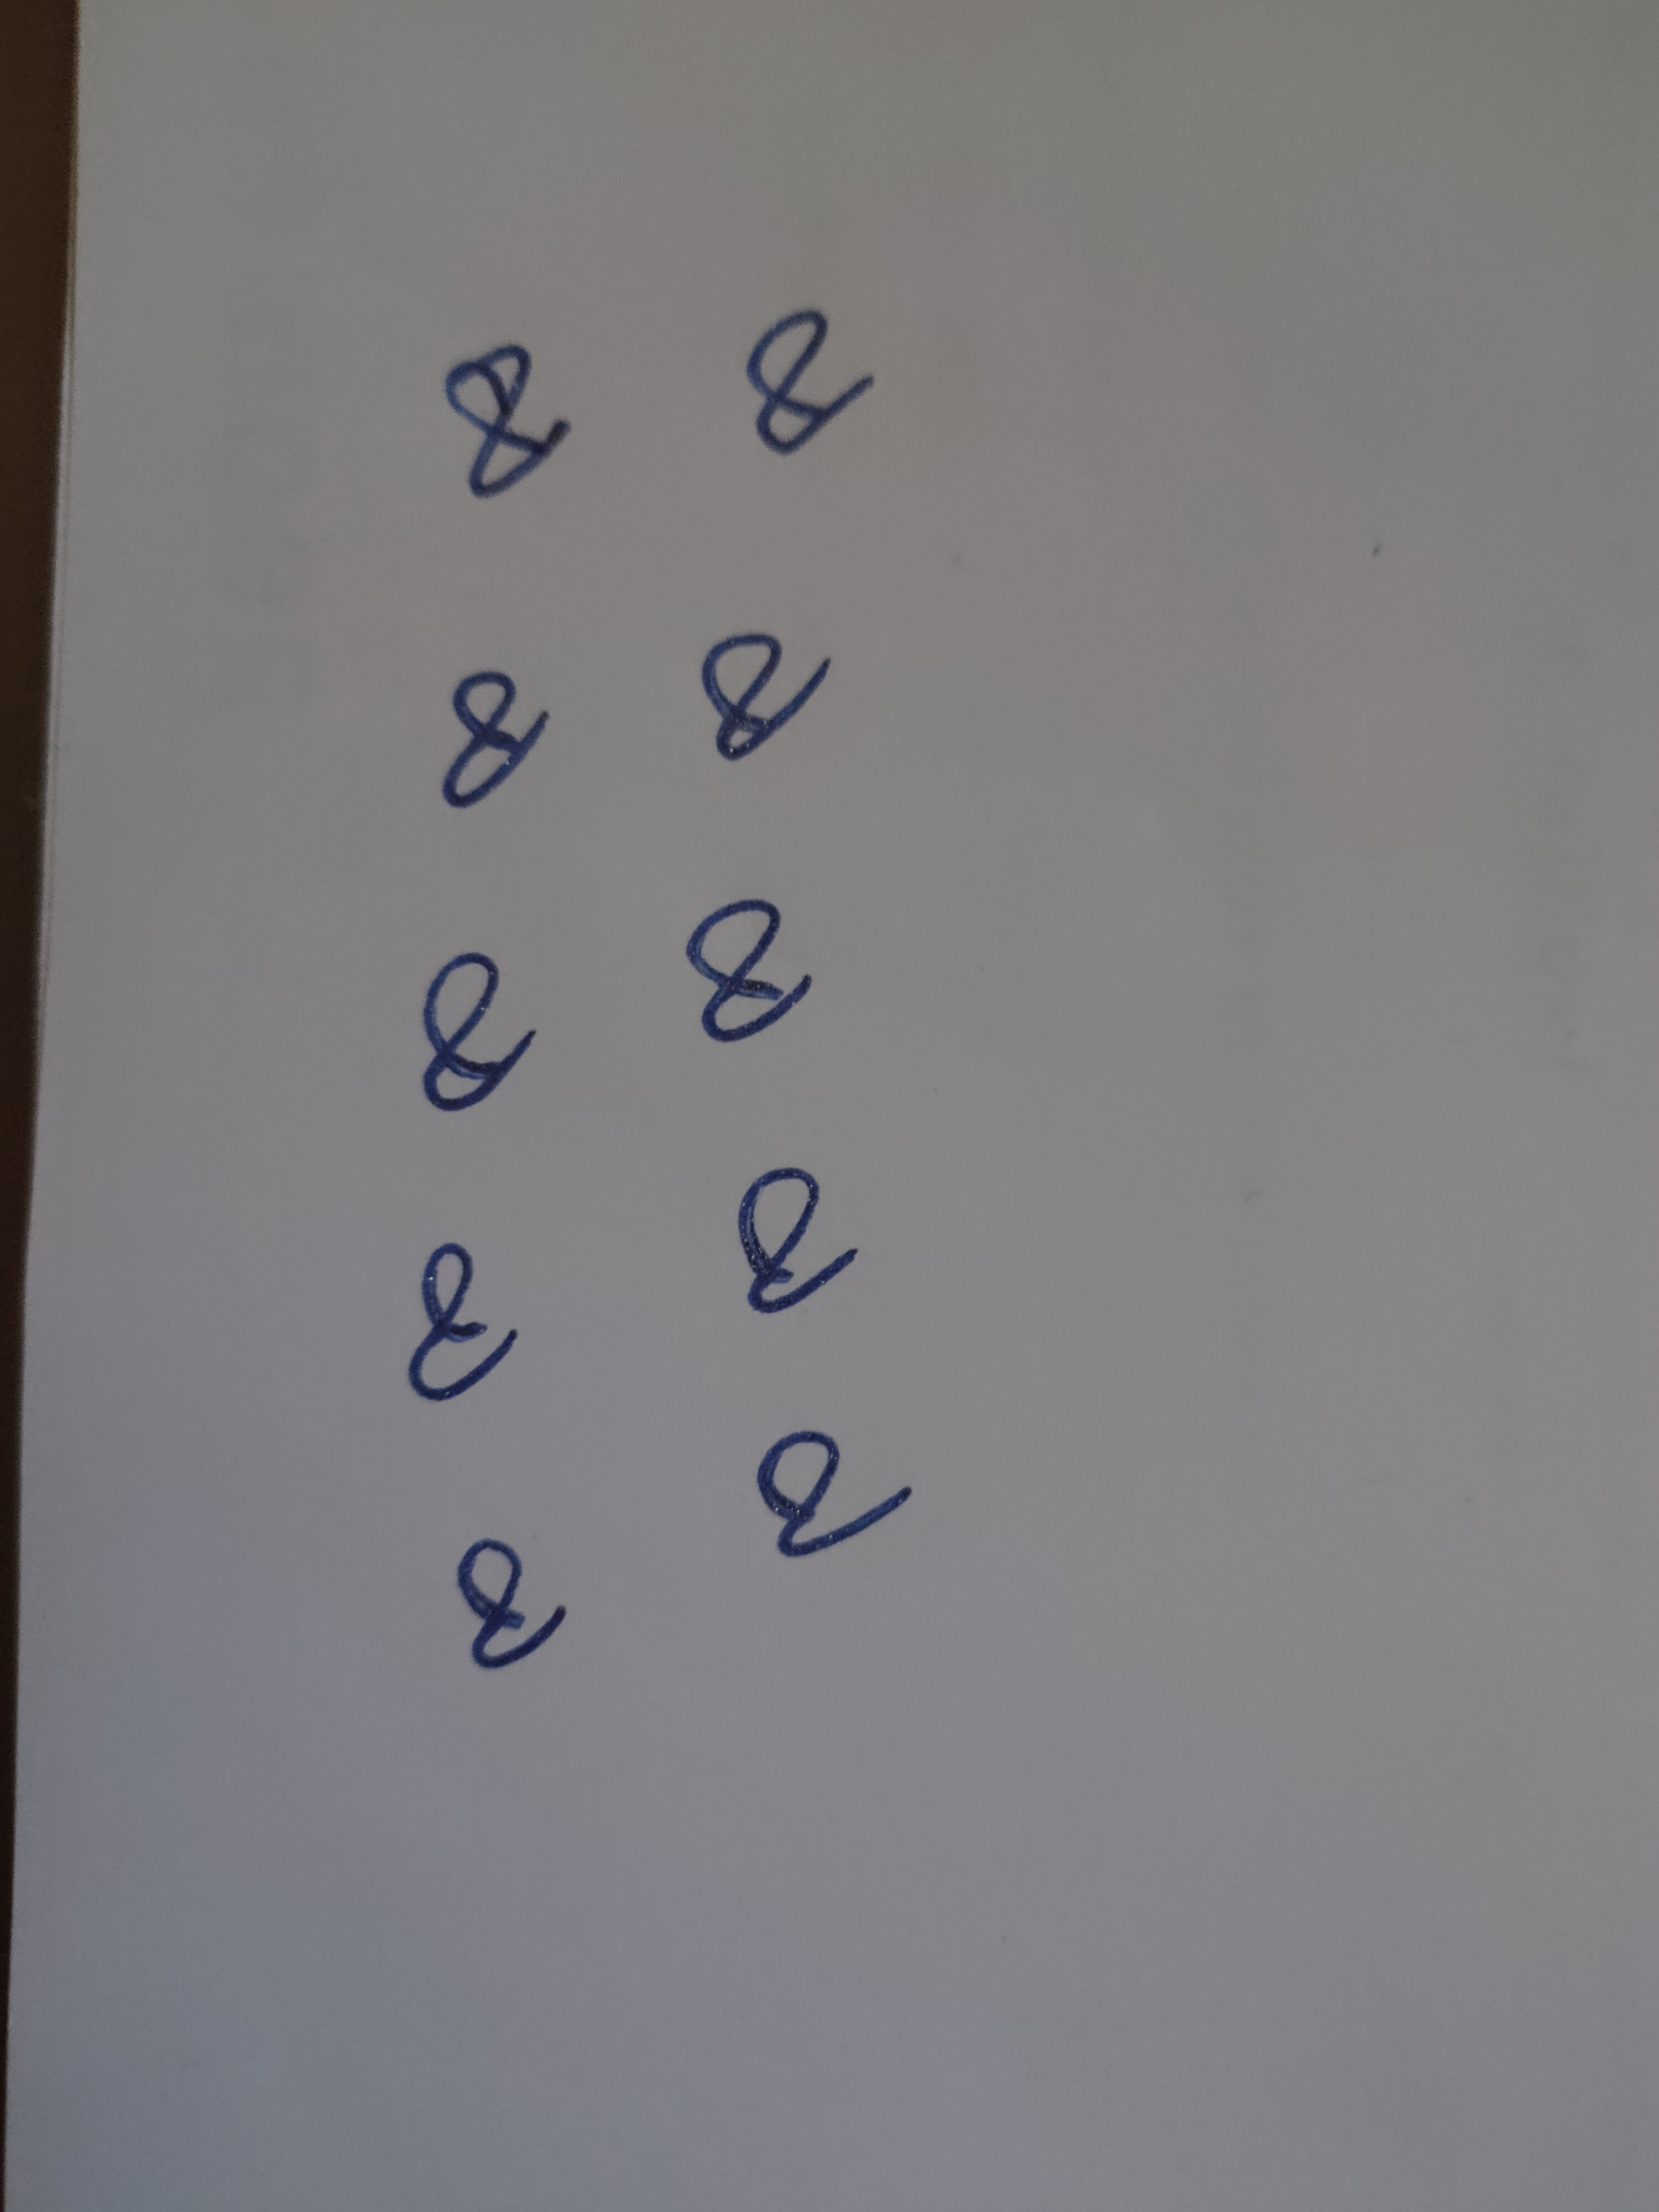
Signature authenticity: genuine